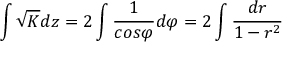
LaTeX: \int \sqrt { K } d z = 2 \int \frac { 1 } { c o s \varphi } d \varphi = 2 \int \frac { d r } { 1 - r ^ { 2 } }